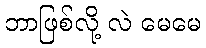
ဘာဖြစ်လို့ လဲ မေမေ